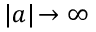
| a | \! \rightarrow \infty